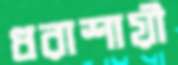
ধরাশায়ী